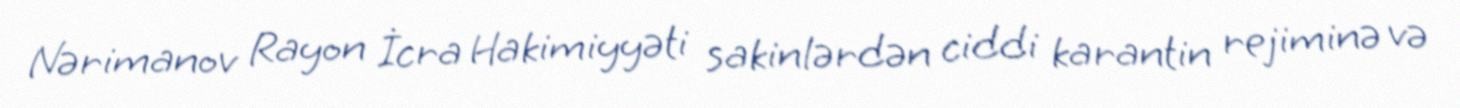
Nərimanov Rayon İcra Hakimiyyəti sakinlərdən ciddi karantin rejiminə və